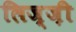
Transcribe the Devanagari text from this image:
लिज़्ज़ी